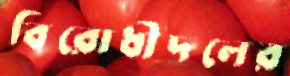
বিরোধীদলের